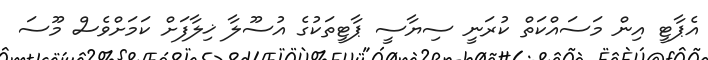
އެޕާޓީ އިން މަސައްކަތް ކުރަނީ ސިޔާސީ ޕާޓީތަކުގެ އުސޫލާ ޚިލާފަށް ކަމަށްވެސް މޫސަ